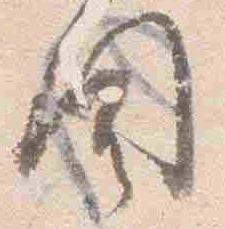
聞